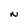
Character: N